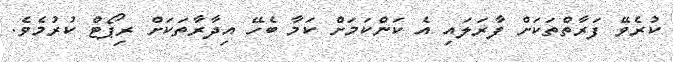
ކުރެވޭ ފަރާތްތަކަށް ފާރަލައި އެ ކަންކަމަށް ކަމާ ބެހޭ އިދާރާތަކަށް ރިޕޯޓް ކުރުމެވެ.